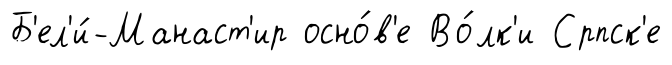
Б'ел'и́-Манаст'ир осно́в'е Во́лк'и Српск'е